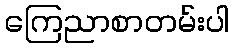
ကြေညာစာတမ်းပါ